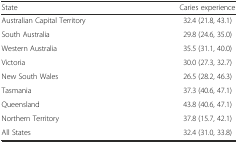
<table><thead><tr><td><b>State</b></td><td><b>Caries experience</b></td></tr></thead><tbody><tr><td>Australian Capital Territory</td><td>32.4 (21.8, 43.1)</td></tr><tr><td>South Australia</td><td>29.8 (24.6, 35.0)</td></tr><tr><td>Western Australia</td><td>35.5 (31.1, 40.0)</td></tr><tr><td>Victoria</td><td>30.0 (27.3, 32.7)</td></tr><tr><td>New South Wales</td><td>26.5 (28.2, 46.3)</td></tr><tr><td>Tasmania</td><td>37.3 (40.6, 47.1)</td></tr><tr><td>Queensland</td><td>43.8 (40.6, 47.1)</td></tr><tr><td>Northern Territory</td><td>37.8 (15.7, 42.1)</td></tr><tr><td>All States</td><td>32.4 (31.0, 33.8)</td></tr></tbody></table>